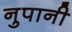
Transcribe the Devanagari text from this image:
नुपानी